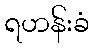
ရဟန်းခံ